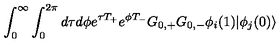
\int _ { 0 } ^ { \infty } \int _ { 0 } ^ { 2 \pi } d \tau d \phi e ^ { \tau T _ { + } } e ^ { \phi T _ { - } } G _ { 0 , + } G _ { 0 , - } \phi _ { i } ( 1 ) | \phi _ { j } ( 0 ) \rangle